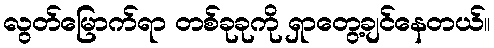
လွတ်မြောက်ရာ တစ်ခုခုကို ရှာတွေ့ချင်နေတယ်။